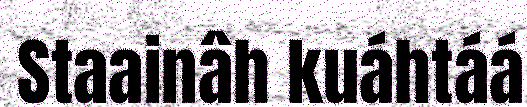
Staainâh kuáhtáá